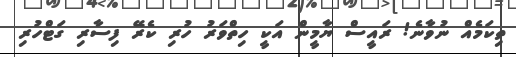
ތިކަމެއް ނުވާނެ! ރައީސް ޔާމީން އަކީ ހިތްވަރު ހުރި ކެރޭ ފިސާރި ގަޓްހުރި